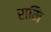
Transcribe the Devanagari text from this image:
रामि